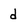
Character: d